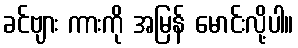
ခင်ဗျား ကားကို အမြန် မောင်းလို့ပါ။